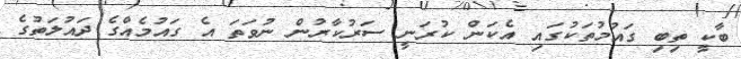
ބާކީ ތިބި ގައުމުތަކުގައި އެކަން ކުރަނީ ސަރުކާރުން ނުވަތަ އެ ގައުމެއްގެ ދައުލަތުގެ